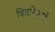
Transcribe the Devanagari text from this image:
वितरिकाएँ